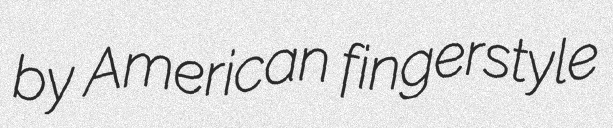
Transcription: by American fingerstyle